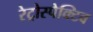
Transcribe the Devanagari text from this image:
रेट्रोस्‍पेक्टिव